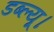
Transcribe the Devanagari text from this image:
डब्ल्यू।